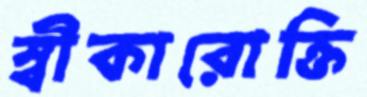
স্বীকারোক্তি